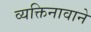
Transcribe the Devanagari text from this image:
व्यक्तिनावाने